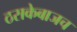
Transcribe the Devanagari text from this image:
ठसकेबाजच